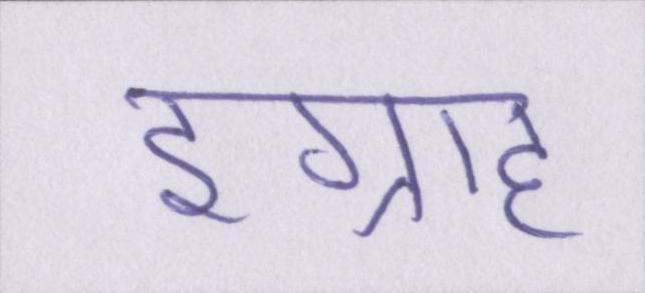
इग्राह